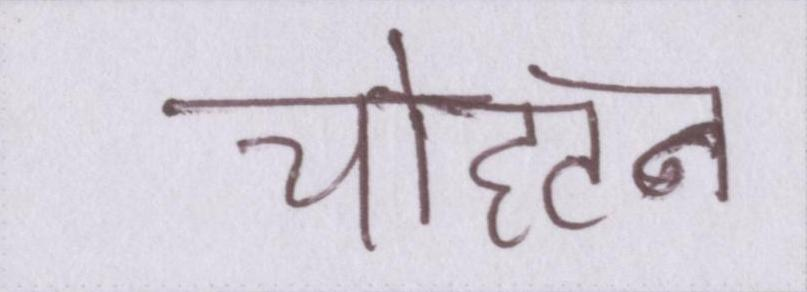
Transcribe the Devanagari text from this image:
चौहटन